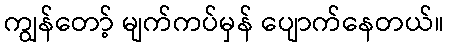
ကျွန်တော့် မျက်ကပ်မှန် ပျောက်နေတယ်။